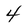
Character: 4